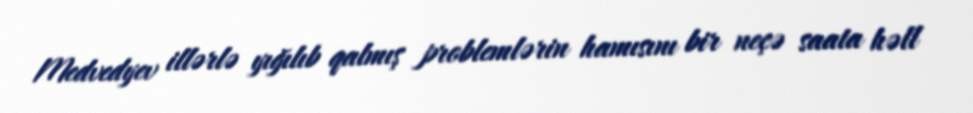
Medvedyev illərlə yığılıb qalmış problemlərin hamısını bir neçə saata həll